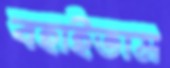
বহাইতাম